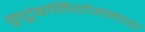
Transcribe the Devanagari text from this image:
कुटूंबनियोजनाच्या